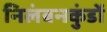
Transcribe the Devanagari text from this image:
निलंबनकुंडों